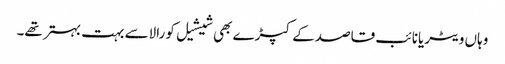
وہاں ویٹریانائب قاصدکے کپڑے بھی شیشیل کورالاسے بہت بہتر تھے۔